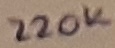
Text: 220K